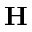
\bf { H }